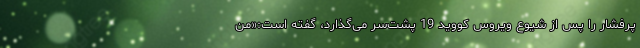
پُر‌فشار را پس از شیوع ویروس کووید 19 پشت‌سر می‌گذارد، گفته است:«من